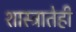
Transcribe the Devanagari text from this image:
शास्त्रातेही